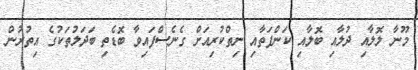
މޫނާ ލޮލާއި ދުލާއި ބޮލާއި ކަންފަތާއި ނިތްކުރިއަށް ގެނެސްފައިވާ ބޮޑެތި ބަދަލުތަކުގެ އިތުރުން